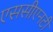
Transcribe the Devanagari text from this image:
एससीएनटी